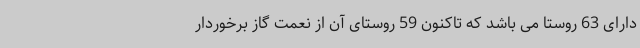
دارای 63 روستا می باشد که تاکنون 59 روستای آن از نعمت گاز برخوردار